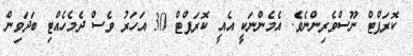
ކޮރަޕްޓް ނޫސްވެރިންނެވެ. އެެމެންނަކީ އެއީ ކޮރަޕްޓް 30 އަހަރު ވެސް ދެމެހެއްޓި ބަދަވިން